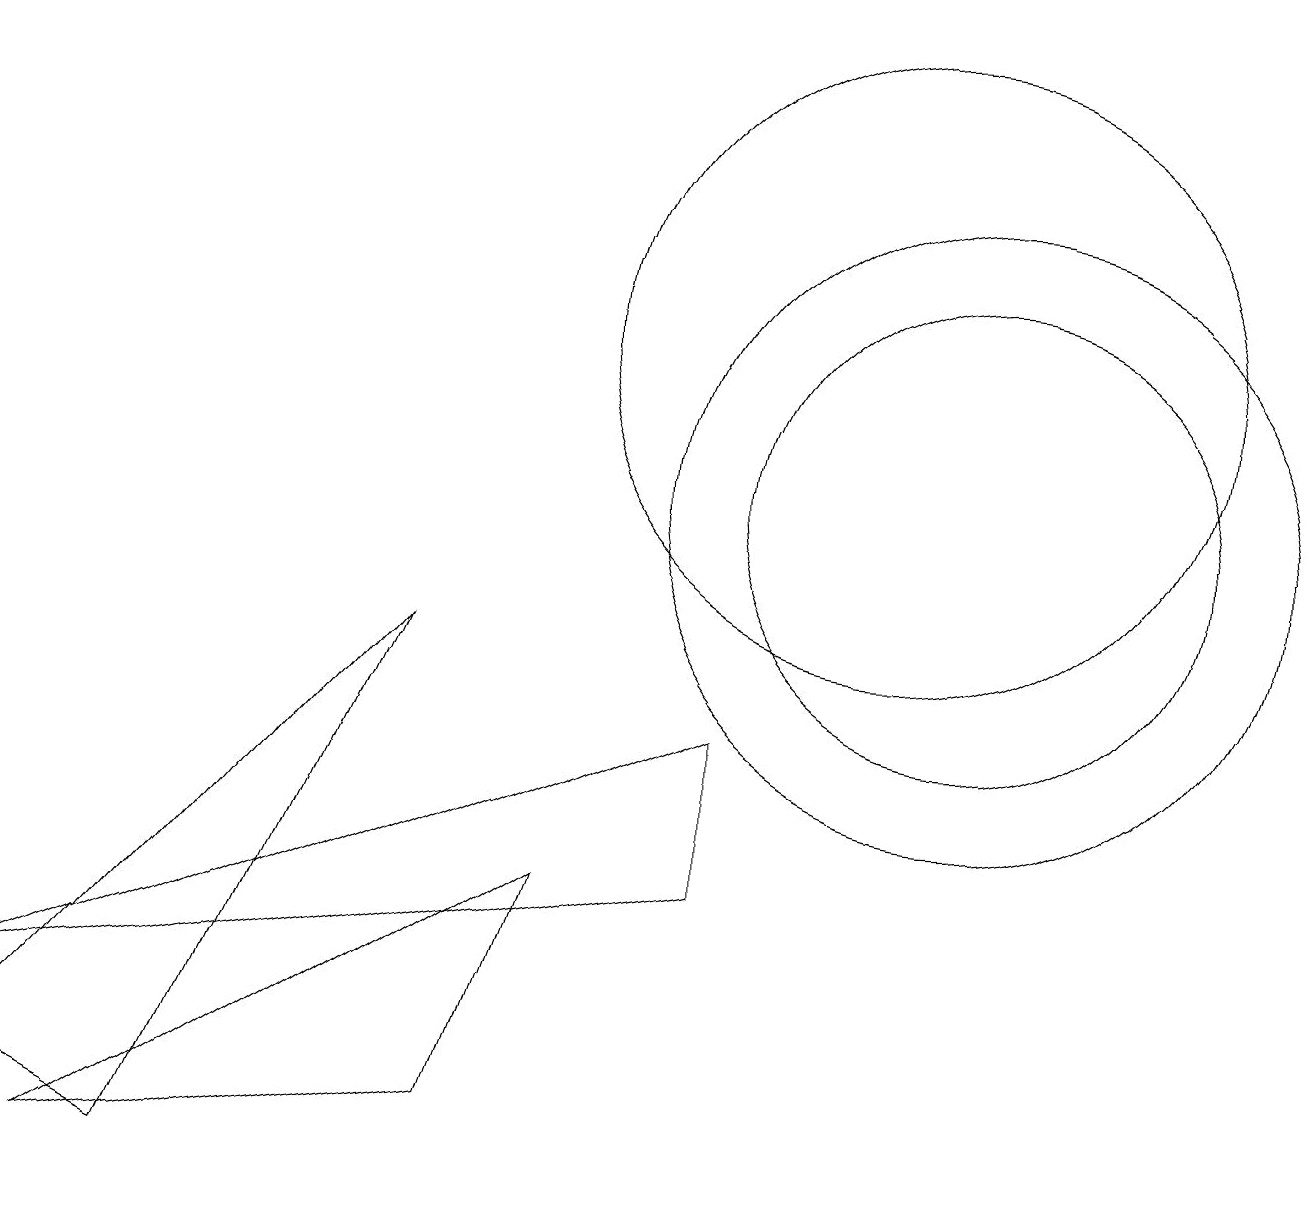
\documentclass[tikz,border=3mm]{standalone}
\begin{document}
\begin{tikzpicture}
\draw (11,12) circle (4);
\draw (12,10) circle (3);
\draw (9,7) -- (9,5) -- (0,3) -- cycle;
\draw (1,1) -- (6,2) -- (7,5) -- cycle;
\draw (12,10) circle (4);
\draw (2,1) -- (0,2) -- (5,8) -- cycle;
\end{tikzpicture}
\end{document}